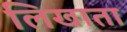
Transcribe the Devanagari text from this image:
लिखाता